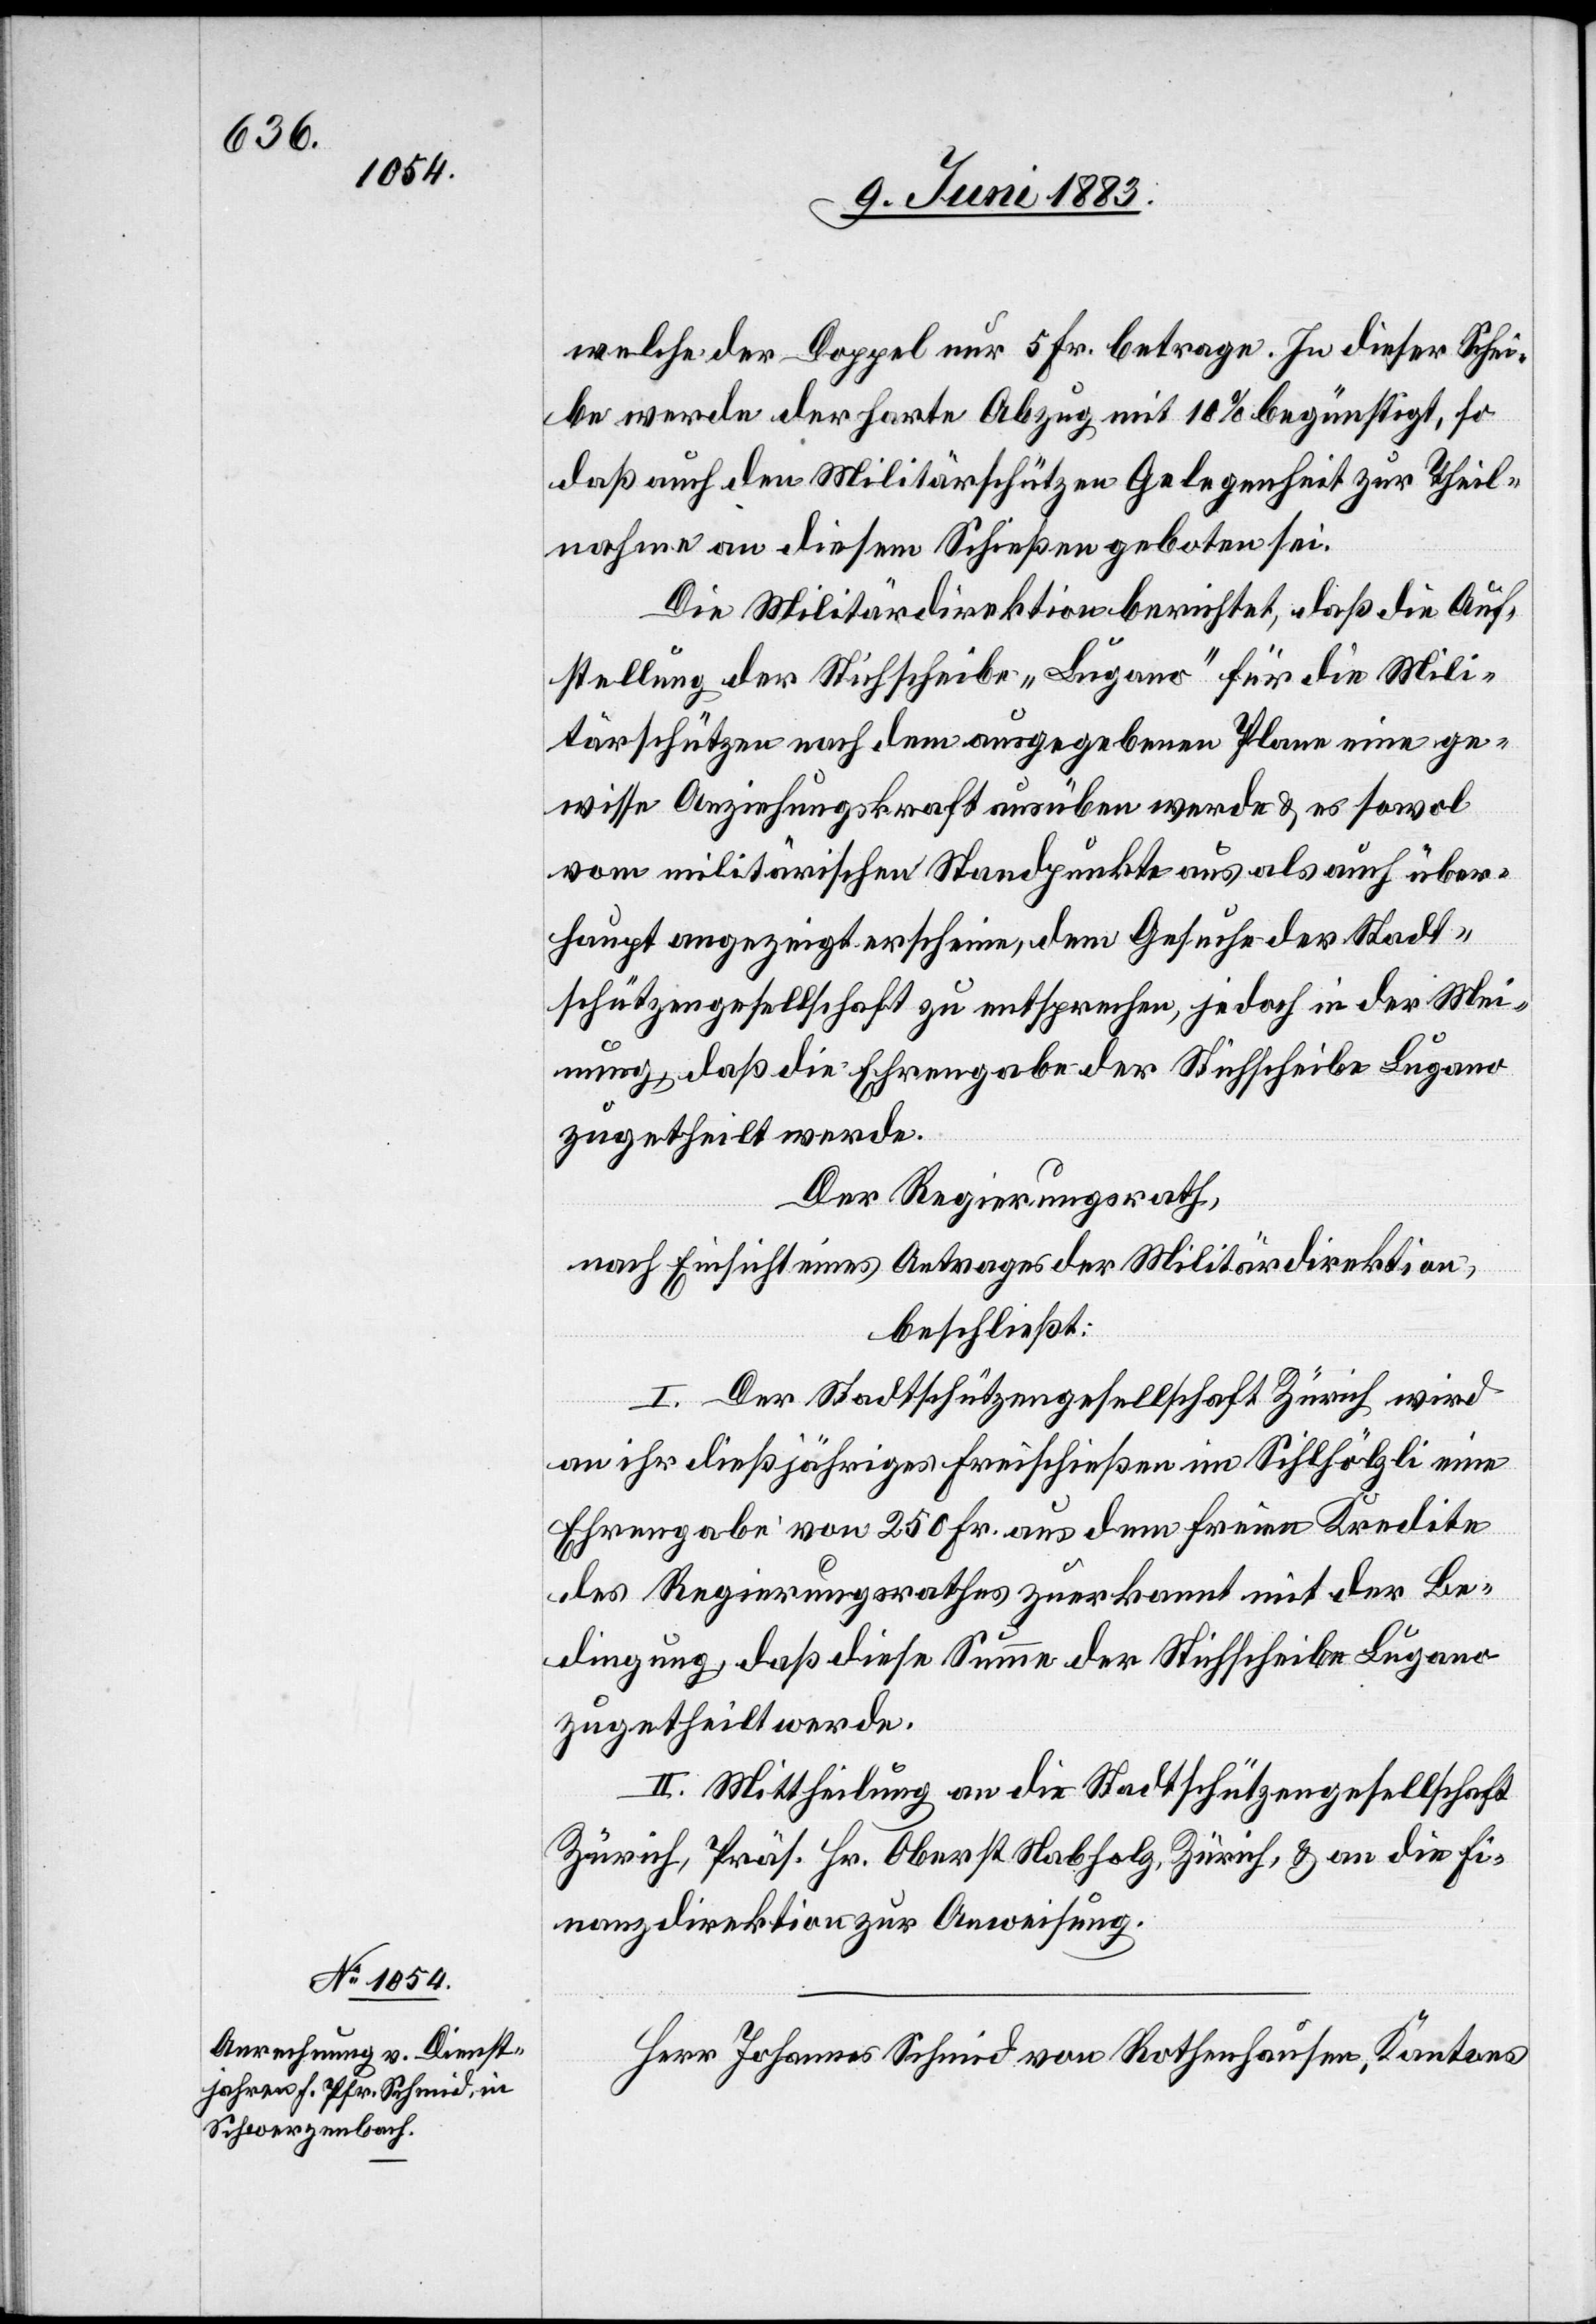
welche der Doppel nur 5 Fr. betrage. In dieser Schei¬
be werde der harte Abzug mit 10% begünstigt, so
daß auch den Militärschützen Gelegenheit zur Theil¬
nahme an diesem Schießen geboten sei.
Die Militärdirektion berichtet, daß die Auf¬
stellung der Stichscheibe „Lugano“ für die Mili¬
tärschützen nach dem ausgegebenen Plane eine ge¬
wisse Anziehungskraft ausüben werde & es sowol
vom militärischen Standpunkte aus als auch über¬
haupt angezeigt erscheine, dem Gesuche der Stadt¬
schützengesellschaft zu entsprechen, jedoch in der Mei¬
nung, daß die Ehrengabe der Stichscheibe Lugano
zugetheilt werde.
Der Regierungsrath,
nach Einsicht eines Antrages der Militärdirektion,
beschließt:
I. Der Stadtschützengesellschaft Zürich wird
an ihr dießjähriges Freischießen im Sihlhölzli eine
Ehrengabe von 250 Fr. aus dem freien Kredite
des Regierungsrathes zuerkannt mit der Be¬
dingung, daß diese Summe der Stichscheibe Lugano
zugetheilt werde.
II. Mittheilung an die Stadtschützengesellschaft
Zürich, Präs. Hr. Oberst Nabholz, Zürich, & an die Fi¬
nanzdirektion zur Anweisung.
Herr Johannes Schmid von Rothenhausen, Kantons